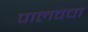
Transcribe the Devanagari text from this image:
पालवेचा